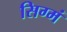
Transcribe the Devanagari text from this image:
सिग्मं